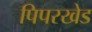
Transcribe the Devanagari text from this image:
पिपरखेड